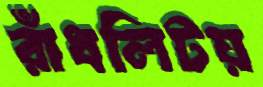
রাঁধলিটয়